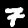
Label: 7